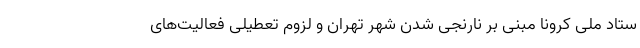
ستاد ملی کرونا مبنی بر نارنجی شدن شهر تهران و لزوم تعطیلی فعالیت‌های